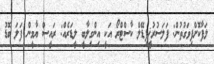
ލަފާކޮށްފިވަގުތުން: ފަލަސުރުޚީފިޑޭލް ކާސްޓްރޯ އަކީ އިންގިލާބީ ލީޑަރެއް: ރައީސް ޔާމީން ފަލަ ބޮޑު